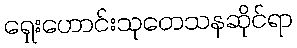
ရှေးဟောင်းသုတေသနဆိုင်ရာ